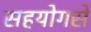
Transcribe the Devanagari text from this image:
सहयोगसे